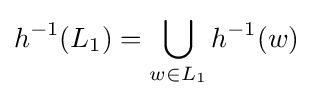
h^{-1}(L_{1})=\bigcup _{w\in L_{1}}h^{-1}(w)